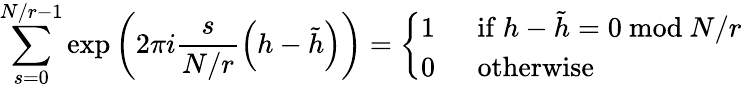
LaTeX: \sum_{s=0}^{N/r-1}\exp\left(2\pi i\frac{s}{N/r}\left(h-\tilde{h}\right)\right)=\left\{ \begin{array}{ll}{{1}}&{{~~\mathrm{if~}h-\tilde{h}=0~\mathrm{mod}~N/r}}\\ {{0}}&{{~~\mathrm{otherwise}}}\end{array}\right.